Mental hospitals Bombay report 1921-28 - 1921-1928
Year: 1921
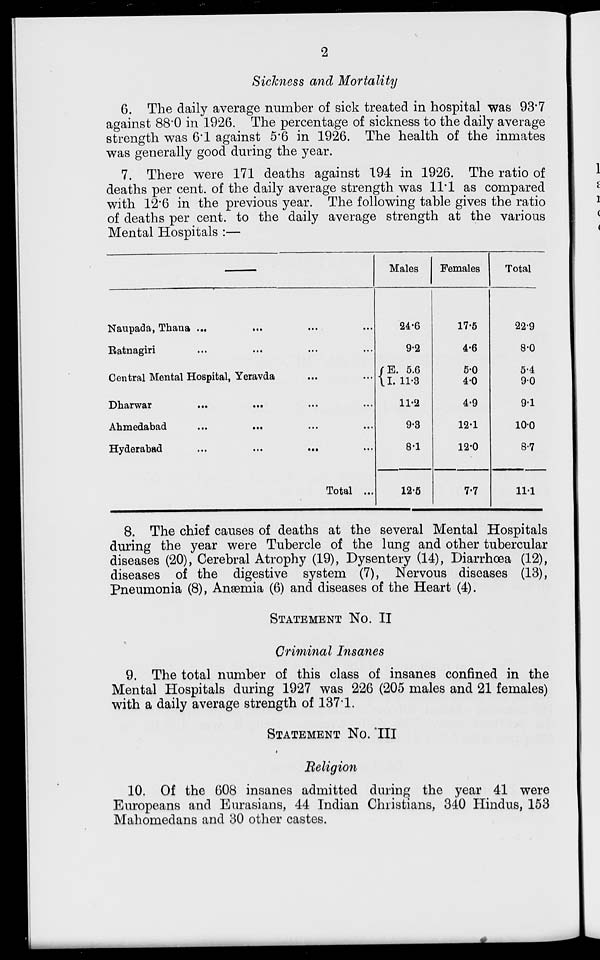
2
Sickness and Mortality
6. The daily average number of sick treated in hospital was 93.7
against 88.0 in 1926. The percentage of sickness to the daily average
strength was 6.1 against 5.6 in 1926. The health of the inmates
was generally good during the year.
7. There were 171 deaths against 194 in 1926. The ratio of
deaths per cent. of the daily average strength was 11.1 as compared
with 12.6 in the previous year. The following table gives the ratio
of deaths per cent. to the daily average strength at the various
Mental Hospitals :—
—
Naupada, Thana ... ... ... ...
Ratnagiri ... ... ... ...
Central Mental Hospital, Yeravda ... ...
Dharwar
...
...
...
...
Ahmedabad ... ... ... ...
Hyderabad
...
...
...
Total ...
Males
24.6
9.2
E. 5.6
I. 11.3
11.2
9.3
8.1
12.5
Females
17.5
4.6
5.0
4.0
4.9
12.1
12.0
7.7
Total
22.9
8.0
5.4
9.0
9.1
10.0
8.7
11.1
8. The chief causes of deaths at the several Mental Hospitals
during the year were Tubercle of the lung and other tubercular
diseases (20), Cerebral Atrophy (19), Dysentery (14), Diarrhœa (12),
diseases of the digestive system (7), Nervous diseases (13),
Pneumonia (8), Anæmia (6) and diseases of the Heart (4).
STATEMENT NO. II
Criminal Insanes
9. The total number of this class of insanes confined in the
Mental Hospitals during 1927 was 226 (205 males and 21 females)
with a daily average strength of 137.1.
STATEMENT No.
III
Religion
10. Of the 608 insanes admitted during the year 41 were
Europeans and Eurasians, 44 Indian Christians, 340 Hindus, 153
Mahomedans and 30 other castes.